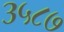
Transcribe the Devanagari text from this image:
३५८७